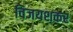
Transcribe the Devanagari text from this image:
विजयशकर